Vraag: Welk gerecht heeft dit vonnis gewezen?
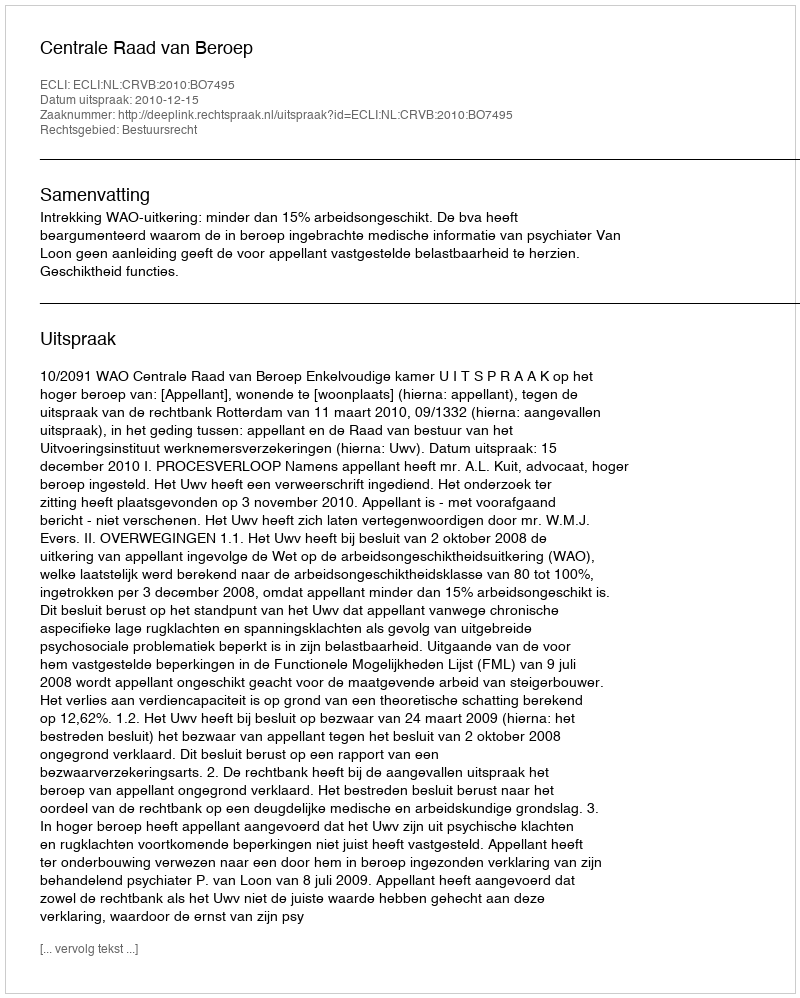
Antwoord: Centrale Raad van Beroep